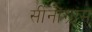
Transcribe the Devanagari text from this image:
सीनोंग्राम